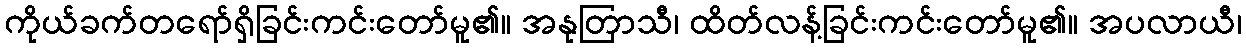
ကိုယ်ခက်တရော်ရှိခြင်းကင်းတော်မူ၏။ အနုတြာသီ၊ ထိတ်လန့်ခြင်းကင်းတော်မူ၏။ အပလာယီ၊